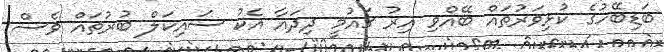
ބަޑިބޭހުގެ ކުޅިވަރުތައް ބޭއްވި އިރު ގައުމީ ދިދައާ އެކު ސައިކަލް ބުރުތައް ވެސް